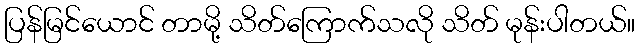
ပြန်မြင်ယောင် တာမို့ သိတ်ကြောက်သလို သိတ် မုန်းပါတယ်။